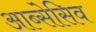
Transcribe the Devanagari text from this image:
आब्सेसिव